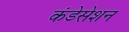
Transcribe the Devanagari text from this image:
कंडेसेशन